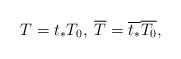
LaTeX: \begin{align*}T=t_{*}T_{0},\; \overline{T}=\overline{t_{*}}\overline{T_{0}},\end{align*}